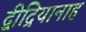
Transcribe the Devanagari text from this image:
द्बीद्रियानाह